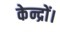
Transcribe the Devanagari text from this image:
केन्द्रों।